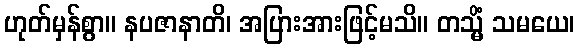
ဟုတ်မှန်စွာ။ နပဇာနာတိ၊ အပြားအားဖြင့်မသိ။ တသ္မိံ သမယေ၊